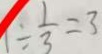
1 \div \frac { 1 } { 3 } = 3